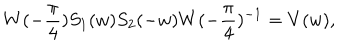
W ( - \frac { \pi } { 4 } ) S _ { 1 } ( w ) S _ { 2 } ( - w ) W ( - \frac { \pi } { 4 } ) ^ { - 1 } = V ( w ) ,